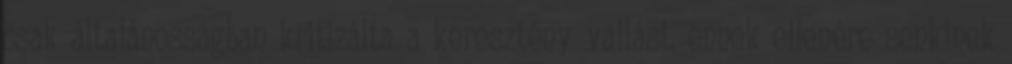
csak általánosságban kritizálta a keresztény vallást, ennek ellenére senkinek